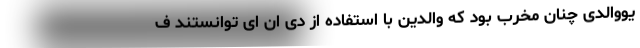
یووالدی چنان مخرب بود که والدین با استفاده از دی ان ای توانستند ف